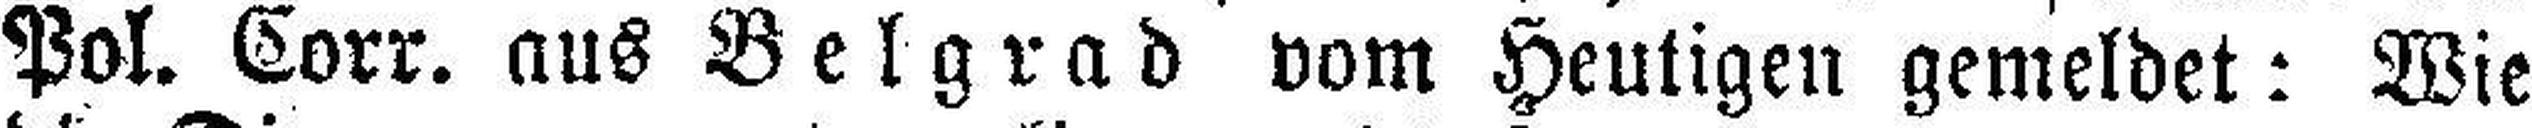
Pol. Corr. aus Belgrad vom Heutigen gemeldet: Wie